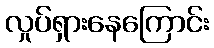
လှုပ်ရှားနေကြောင်း